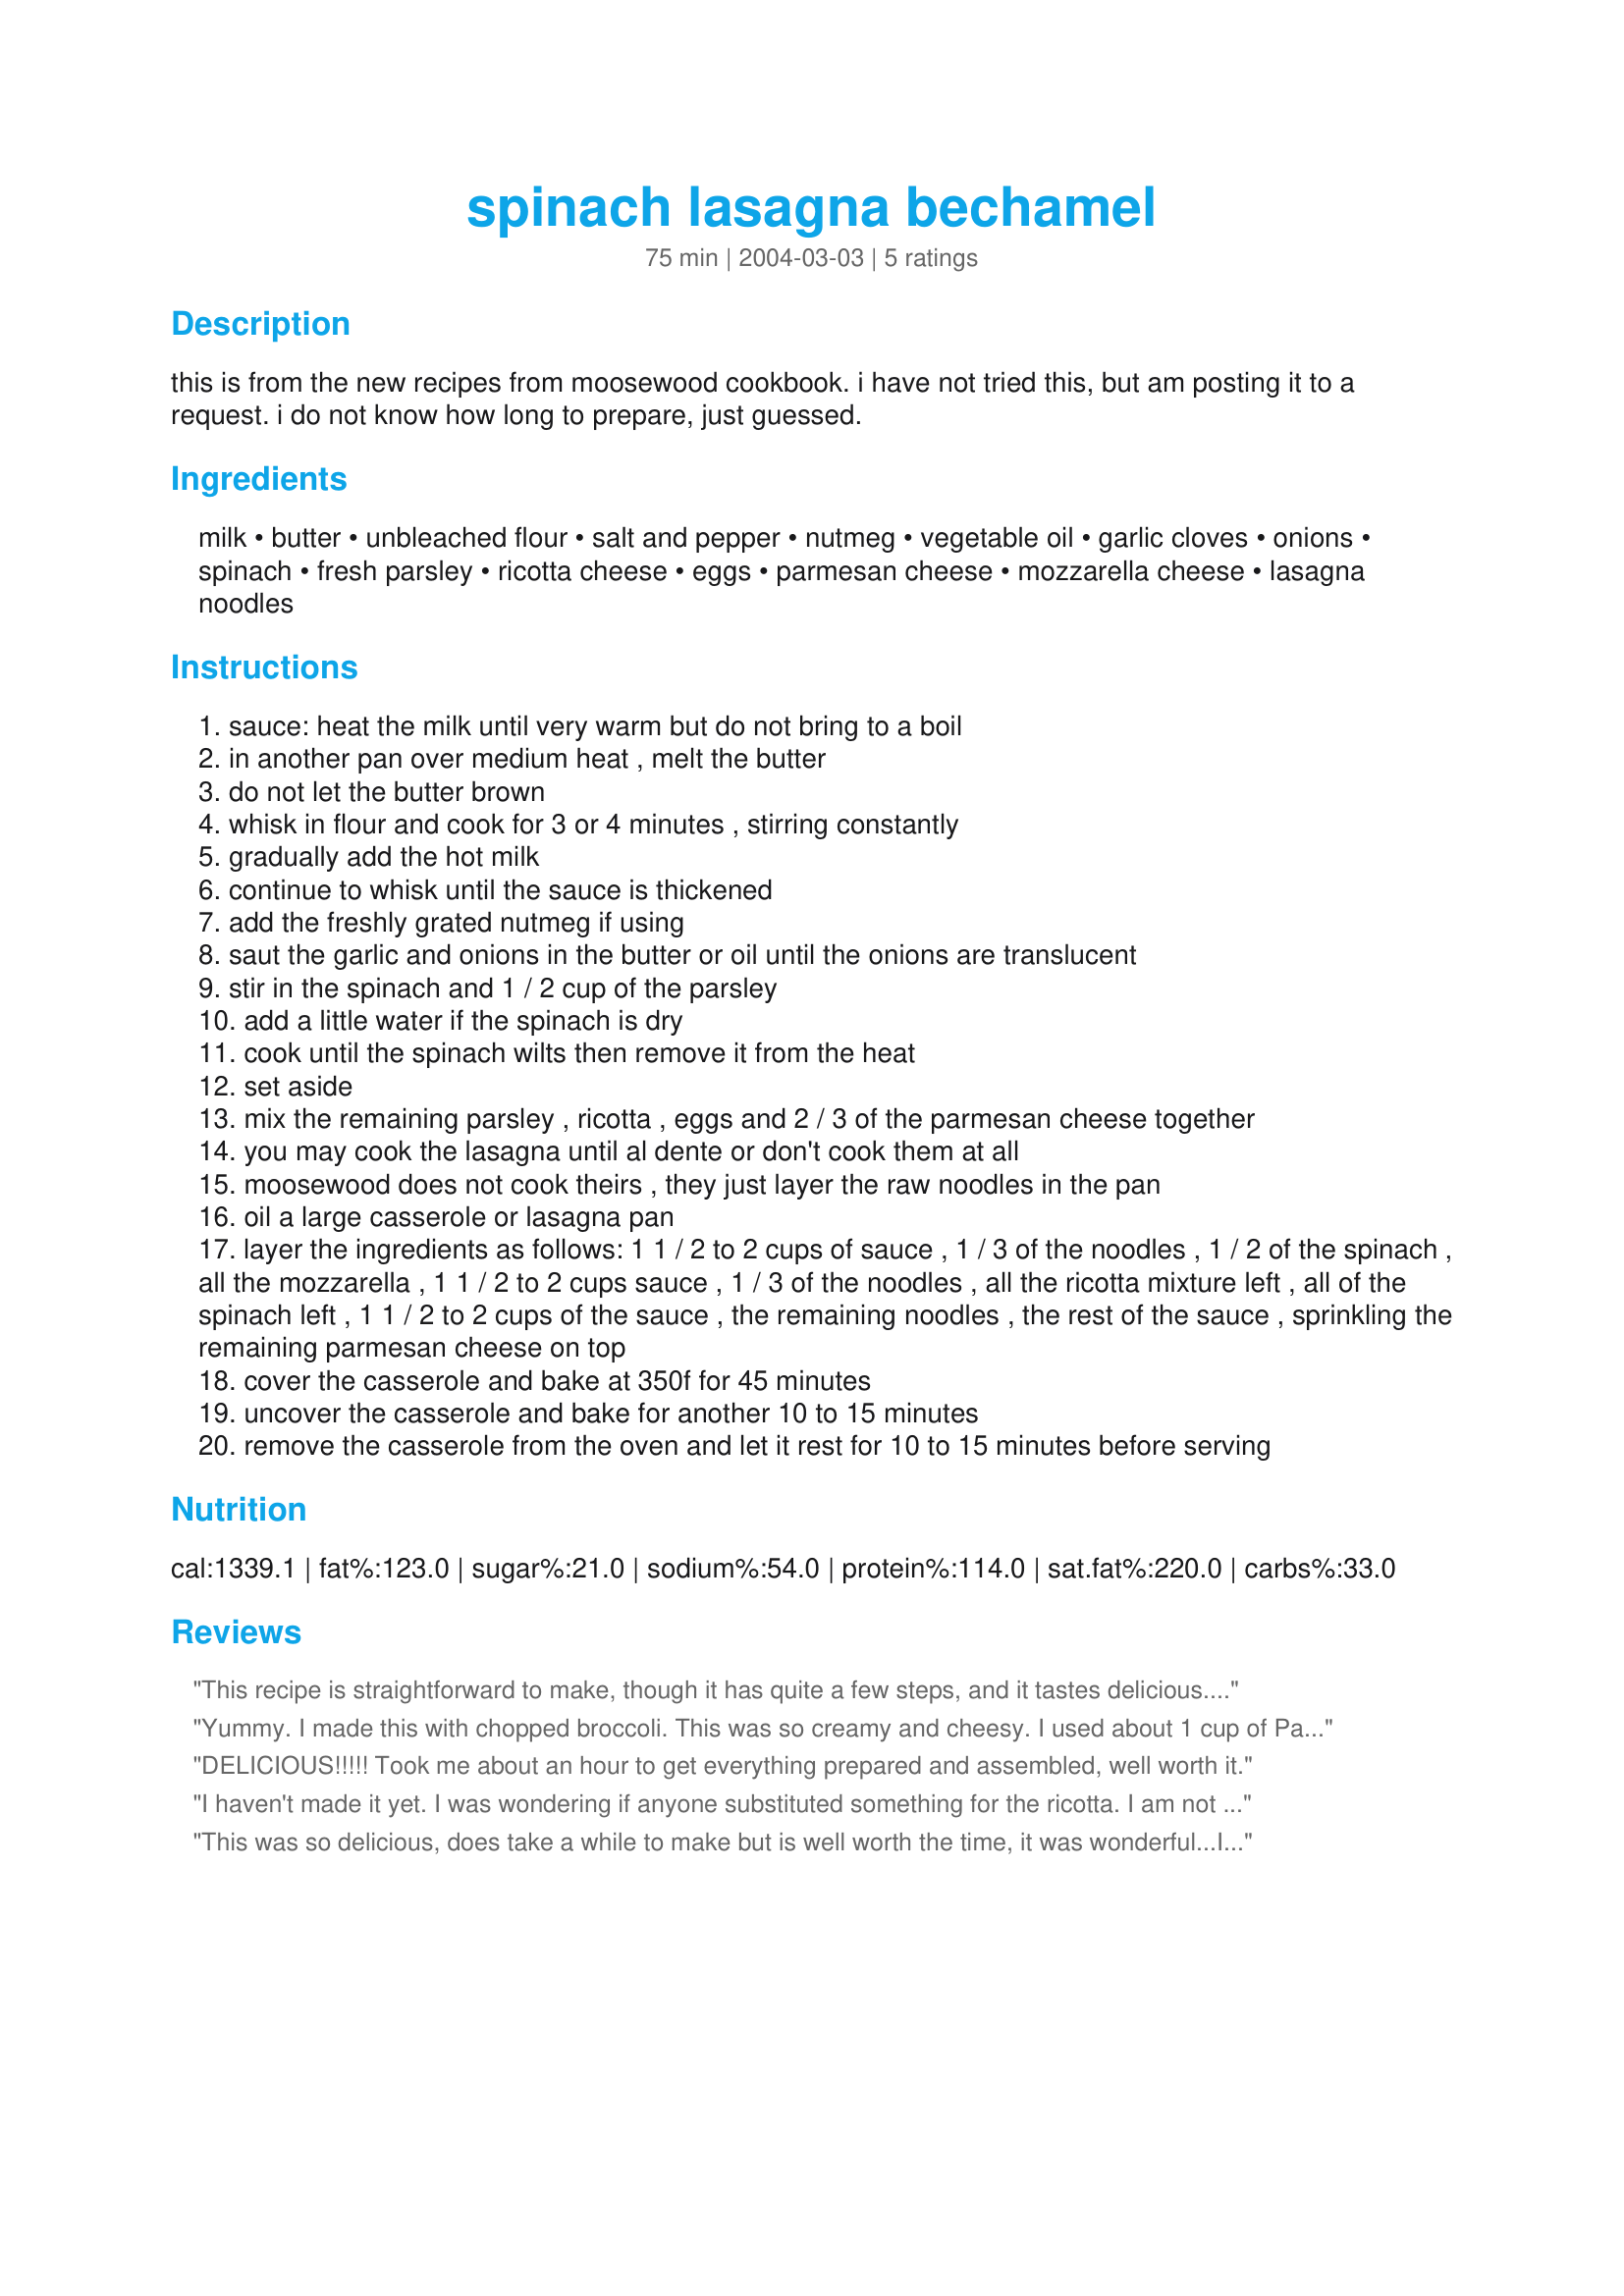
spinach lasagna bechamel
Preparation time: 75 minutes

this is from the new recipes from moosewood cookbook. i have not tried this, but am posting it to a request. i do not know how long to prepare, just guessed.

Ingredients:
milk, butter, unbleached flour, salt and pepper, nutmeg, vegetable oil, garlic cloves, onions, spinach, fresh parsley, ricotta cheese, eggs, parmesan cheese, mozzarella cheese, lasagna noodles

Steps:
sauce: heat the milk until very warm but do not bring to a boil
in another pan over medium heat , melt the butter
do not let the butter brown
whisk in flour and cook for 3 or 4 minutes , stirring constantly
gradually add the hot milk
continue to whisk until the sauce is thickened
add the freshly grated nutmeg if using
saut the garlic and onions in the butter or oil until the onions are translucent
stir in the spinach and 1 / 2 cup of the parsley
add a little water if the spinach is dry
cook until the spinach wilts then remove it from the heat
set aside
mix the remaining parsley , ricotta , eggs and 2 / 3 of the parmesan cheese together
you may cook the lasagna until al dente or don't cook them at all
moosewood does not cook theirs , they just layer the raw noodles in the pan
oil a large casserole or lasagna pan
layer the ingredients as follows: 1 1 / 2 to 2 cups of sauce , 1 / 3 of the noodles , 1 / 2 of the spinach , all the mozzarella , 1 1 / 2 to 2 cups sauce , 1 / 3 of the noodles , all the ricotta mixture left , all of the spinach left , 1 1 / 2 to 2 cups of the sauce , the remaining noodles , the rest of the sauce , sprinkling the remaining parmesan cheese on top
cover the casserole and bake at 350f for 45 minutes
uncover the casserole and bake for another 10 to 15 minutes
remove the casserole from the oven and let it rest for 10 to 15 minutes before serving

Reviews:
This recipe is straightforward to make, though it has quite a few steps, and it tastes delicious. It took me about 1.5 hours to prepare (not counting cooking time), but that's because I made several trips to the garden to pick the spinach, onions, and parsley and I grated my own cheeses. Preparing the spinach and cheeses the day before would have made it go much faster. 

The recipe is slightly too large for a 9x13 pyrex pan. I left some of the sauce out to make it fit. I did not cook the noodles and they turned out fine. Next time I plan on scaling back the sauce, ricotta mixture and spinach mixtures so it will fit in my pan. 

I served it with beets, garlic bread, and a carrot/daikon radish salad which made for a very colorful meal.
Yummy. I made this with chopped broccoli. This was so creamy and cheesy. I used about 1 cup of Parmesan and 3 cups of mozzarella. It was delicious. I know I'm going to like it made with the spinach, too. I only partially cooked the noodles.. just so they were pliable. So much easier than cooking the noodles until done. Thanks for the tip. I'm not sure how this is reheated... but if needed I might serve it with a type of rose´ sauce? A little spaghetti sauce lightened with some cream? This is not a recipe for Weight Watchers but it is surely a satisfying dish.
DELICIOUS!!!!! Took me about an hour to get everything prepared and assembled, well worth it.
I haven't made it yet. I was wondering if anyone substituted something for the ricotta. I am not a fan.
This was so delicious, does take a while to make but is well worth the time, it was wonderful...I put zuchinni,and mushrooms in it too,just cut down the amount of spinach when adding other veggies, sauteed them first... I also added some chicken base to the sauce and a little, oregano,thyme,nutmeg and vermouth...also added a little oregano,thyme, nutmeg and vermouth to the veggies too aafter i sauateed them...I used frozen spinach instead of fresh...
